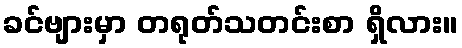
ခင်ဗျားမှာ တရုတ်သတင်းစာ ရှိလား။